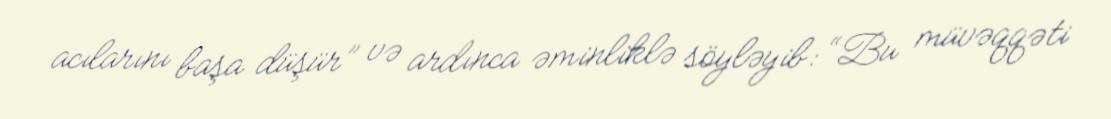
acılarını başa düşür” və ardınca əminliklə söyləyib: “Bu müvəqqəti